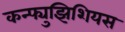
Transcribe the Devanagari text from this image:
कन्फ्युझिशियस